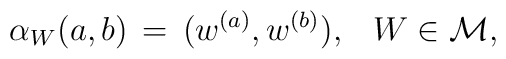
\alpha_W (a,b) \, =\, (w^{(a)},w^{(b)}), \;\,\,\, W\in {\cal M} ,